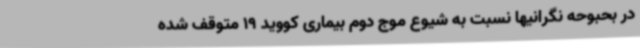
در بحبوحه نگرانیها نسبت به شیوع موج دوم بیماری کووید 19 متوقف شده